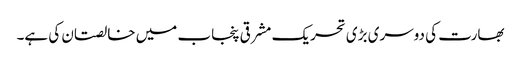
بھارت کی دوسری بڑی تحریک مشرقی پنجاب میں خالصتان کی ہے۔